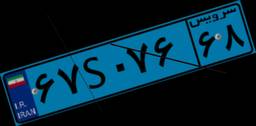
۶۷S۰۷۶۶۸